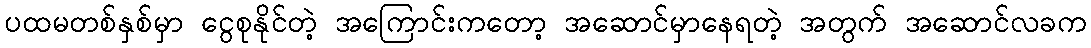
ပထမတစ်နှစ်မှာ ငွေစုနိုင်တဲ့ အကြောင်းကတော့ အဆောင်မှာနေရတဲ့ အတွက် အဆောင်လခက